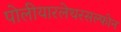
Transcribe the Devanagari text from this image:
पोलीयारलेथरसल्फोन